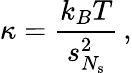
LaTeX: \kappa=\frac{k_{B}T}{s_{N_{\mathrm{s}}}^{2}}\, ,